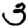
Digit: 3